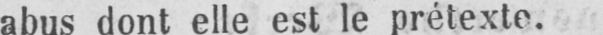
abus dont eile est le prétexte.